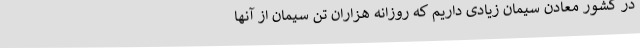
در کشور معادن سیمان زیادی داریم که روزانه هزاران تن سیمان از آنها